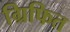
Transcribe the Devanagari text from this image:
ग्रिफित